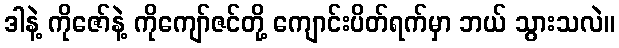
ဒါနဲ့ ကိုဇော်နဲ့ ကိုကျော်ဇင်တို့ ကျောင်းပိတ်ရက်မှာ ဘယ် သွားသလဲ။